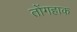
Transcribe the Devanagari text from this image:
तोंगहाक